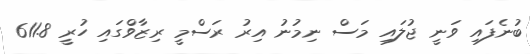
ބުނެފައި ވަނީ ޖުލައި މަސް ނިމުނު އިރު ރަސްމީ ރިޒާވްގައި ހުރީ 611.8